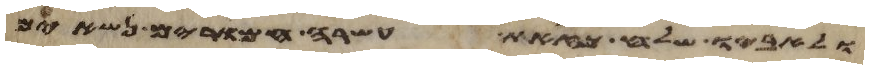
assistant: ולאביו שלח כזאת עשרה חמרים נשאים